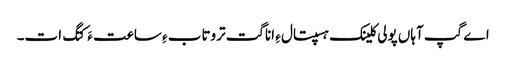
اے گپ آہاں پولی کلینک ہسپتال ءِ اناگت تروتاب ءِ ساعت ءَ کتگ ات۔